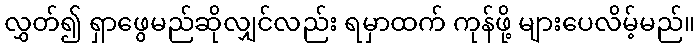
လွှတ်၍ ရှာဖွေမည်ဆိုလျှင်လည်း ရမှာထက် ကုန်ဖို့ များပေလိမ့်မည်။